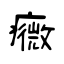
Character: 癓